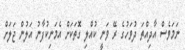
ނަމަވެސް އާދިއްތަ ދުވަހުގެ ރޭ ވަނީ ކުއްލި ގޮތަކަށް އެމަނިކުފާނު އަލުން ޖަލަށް